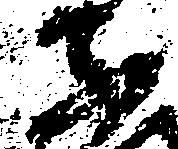
ふ